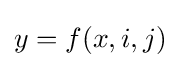
y=f(x,i,j)